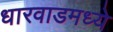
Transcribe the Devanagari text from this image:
धारवाडमध्ये